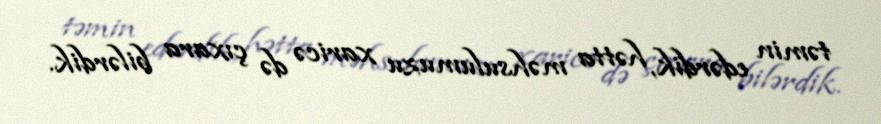
təmin edərdik, hətta məhsulumuzu xaricə də çıxara bilərdik.